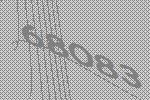
68083